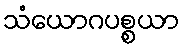
သံယောဂပစ္စယာ